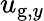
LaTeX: u_{\mathrm{g},y}